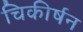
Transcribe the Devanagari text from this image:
चिकीर्षन